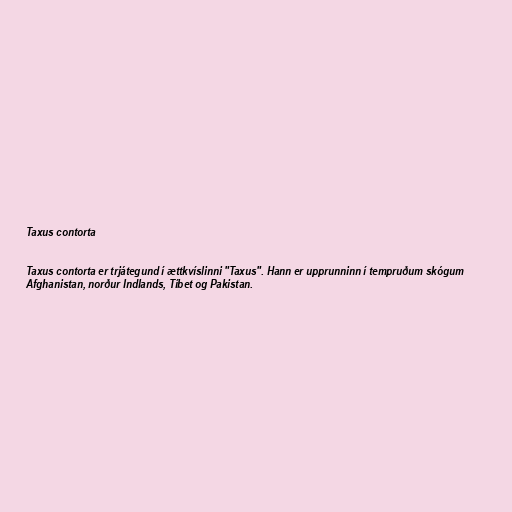
Taxus contorta

Taxus contorta er trjátegund í ættkvíslinni "Taxus". Hann er upprunninn í tempruðum skógum
Afghanistan, norður Indlands, Tíbet og Pakistan.